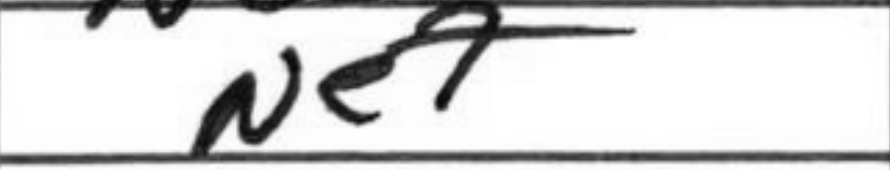
Transcription: Ne7